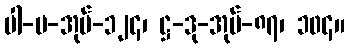
ပါ-ပ-အုပ်-၁၂၄၊ ဋ္ဌ-ဒု-အုပ်-၈၇၊ ၁၀၄။